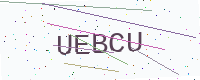
Text: UEBCU